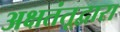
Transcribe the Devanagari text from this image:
अक्षतंतूद्वारा